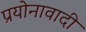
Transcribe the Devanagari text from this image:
प्रयोनावादी